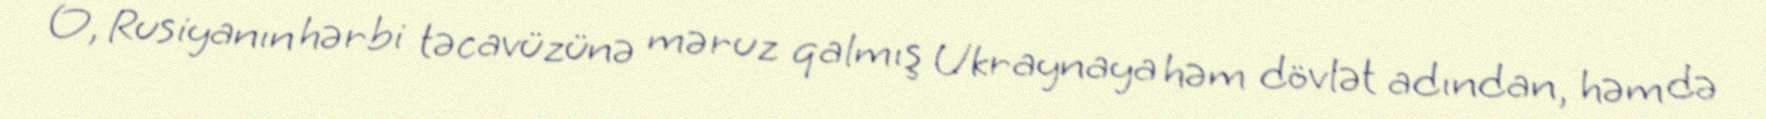
O, Rusiyanın hərbi təcavüzünə məruz qalmış Ukraynaya həm dövlət adından, həm də